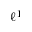
\ell ^ { 1 }